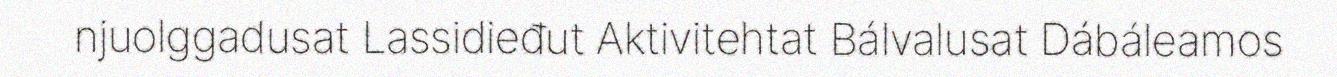
njuolggadusat Lassidieđut Aktivitehtat Bálvalusat Dábáleamos